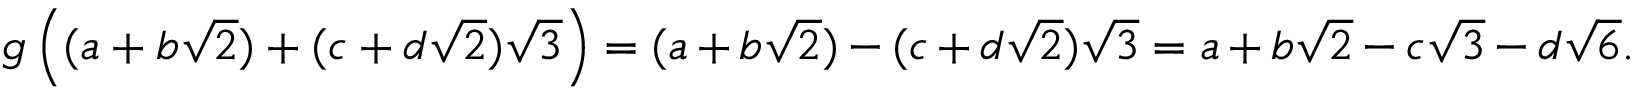
g \left( ( a + b { \sqrt { 2 } } ) + ( c + d { \sqrt { 2 } } ) { \sqrt { 3 } } \right) = ( a + b { \sqrt { 2 } } ) - ( c + d { \sqrt { 2 } } ) { \sqrt { 3 } } = a + b { \sqrt { 2 } } - c { \sqrt { 3 } } - d { \sqrt { 6 } } .